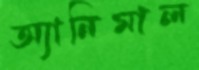
অ্যানিমাল